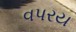
વપરય